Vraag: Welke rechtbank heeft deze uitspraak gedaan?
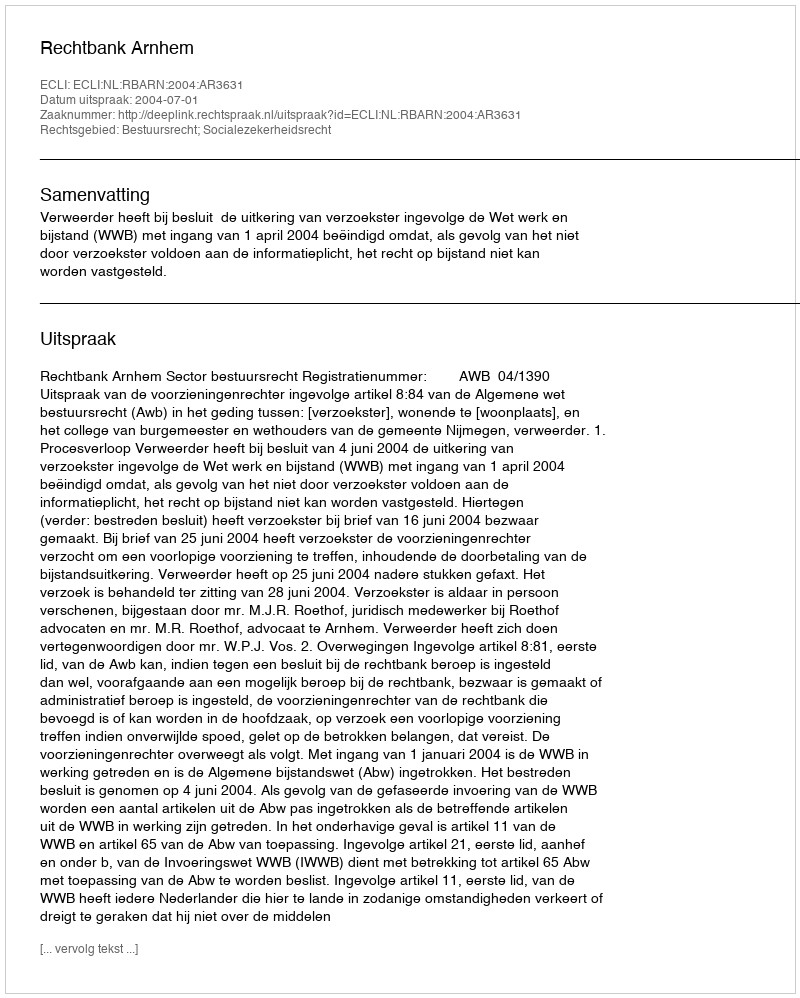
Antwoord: Rechtbank Arnhem